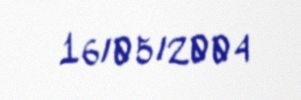
16/05/2004